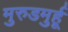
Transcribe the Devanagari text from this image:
मुरुडमुर्हू